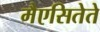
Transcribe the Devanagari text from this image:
मैएसितेते